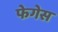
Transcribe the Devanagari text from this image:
फेगेस